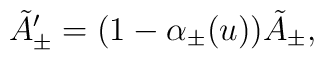
\tilde{A}'_\pm = (1 - \alpha_\pm (u)) \tilde{A}_\pm,